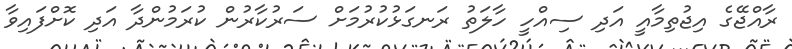
ރާއްޖޭގެ އިޖުތިމާއީ އަދި ސިއްހީ ހާލަތު ރަނގަޅުކުރުމަށް ސަރުކާރުން ކުރަމުންދާ އަދި ކޮށްފައިވާ